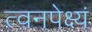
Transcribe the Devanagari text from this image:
त्वनपेक्ष्यं